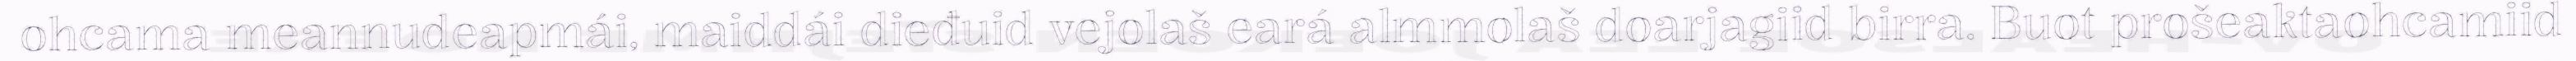
ohcama meannudeapmái, maiddái dieđuid vejolaš eará almmolaš doarjagiid birra. Buot prošeaktaohcamiid